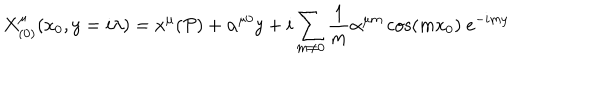
X _ { ( 0 ) } ^ { \mu } ( x _ { 0 } , y = i \lambda ) = x ^ { \mu } ( \mathcal { P } ) + \alpha ^ { \mu 0 } y + i \sum _ { m \neq 0 } \frac { 1 } { m } \alpha ^ { \mu m } \cos ( m x _ { 0 } ) \ e ^ { - i m y }